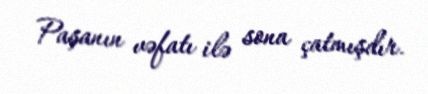
Paşanın vəfatı ilə sona çatmışdır.